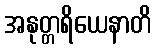
အနုတ္တရိယေနာတိ